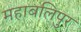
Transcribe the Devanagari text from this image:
महाबलिपुर